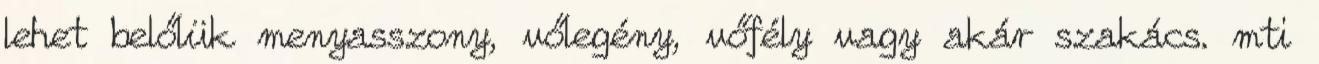
lehet belőlük menyasszony, vőlegény, vőfély vagy akár szakács. mti